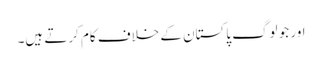
اور جو لوگ پاکستان کے خلاف کام کرتے ہیں۔